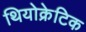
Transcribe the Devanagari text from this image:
थियोक्रेटिक